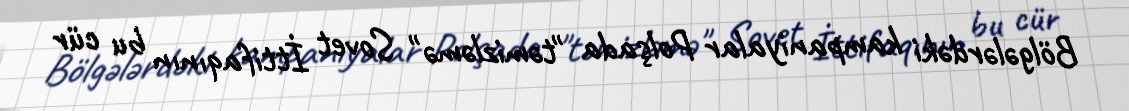
Bölgələrdəki kampaniyalar Polşada "təmizləmə" Sovet İttifaqının bu cür